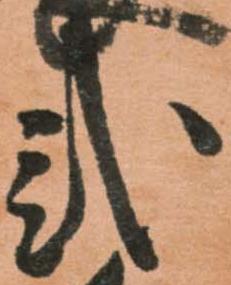
弐